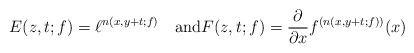
\begin{align*}E(z,t;f)=\ell^{n(x,y+t;f)}\quad\mbox{and}F(z,t;f)=\frac{\partial}{\partial x}f^{(n(x,y+t;f))}(x)\end{align*}